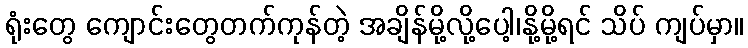
ရုံးတွေ ကျောင်းတွေတက်ကုန်တဲ့ အချိန်မို့လို့ပေါ့၊နို့မို့ရင် သိပ် ကျပ်မှာ။